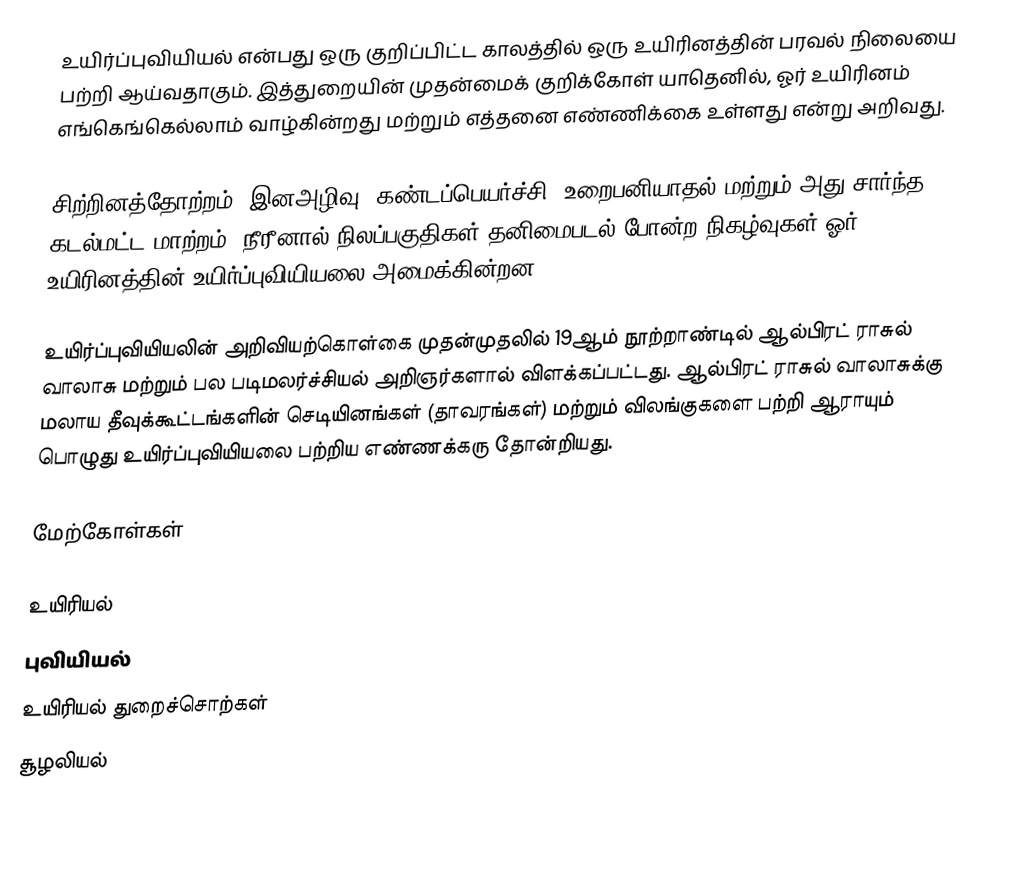
உயிர்ப்புவியியல் என்பது ஒரு குறிப்பிட்ட காலத்தில் ஒரு உயிரினத்தின் பரவல் நிலையை பற்றி ஆய்வதாகும். இத்துறையின் முதன்மைக் குறிக்கோள் யாதெனில், ஓர் உயிரினம் எங்கெங்கெல்லாம் வாழ்கின்றது மற்றும் எத்தனை எண்ணிக்கை உள்ளது என்று அறிவது.

சிற்றினத்தோற்றம், இனஅழிவு, கண்டப்பெயர்ச்சி, உறைபனியாதல் மற்றும் அது சார்ந்த கடல்மட்ட மாற்றம், நீரீனால் நிலப்பகுதிகள் தனிமைபடல் போன்ற நிகழ்வுகள் ஓர் உயிரினத்தின் உயிர்ப்புவியியலை அமைக்கின்றன.

உயிர்ப்புவியியலின் அறிவியற்கொள்கை முதன்முதலில் 19ஆம் நூற்றாண்டில் ஆல்பிரட் ராசுல் வாலாசு மற்றும் பல படிமலர்ச்சியல் அறிஞர்களால் விளக்கப்பட்டது. ஆல்பிரட் ராசுல் வாலாசுக்கு மலாய தீவுக்கூட்டங்களின் செடியினங்கள் (தாவரங்கள்) மற்றும் விலங்குகளை பற்றி ஆராயும் பொழுது உயிர்ப்புவியியலை பற்றிய எண்ணக்கரு தோன்றியது.

மேற்கோள்கள்

உயிரியல்
புவியியல்
உயிரியல் துறைச்சொற்கள்
சூழலியல்